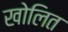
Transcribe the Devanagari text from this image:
खोलित